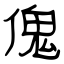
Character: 傀